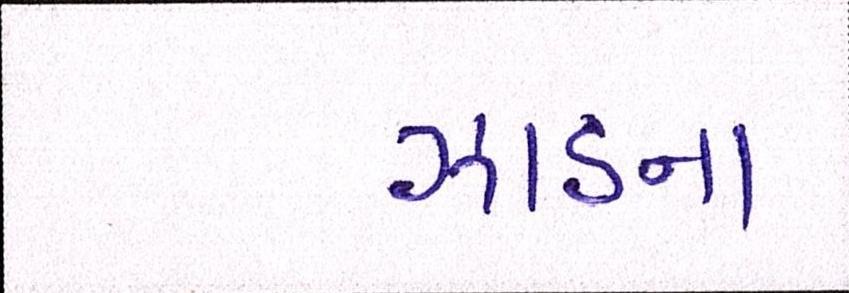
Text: ઝાડના